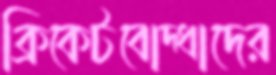
ক্রিকেটবোদ্ধাদের